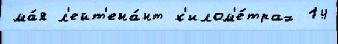
ма́я л'ейт'ена́нт к'илом'е́трах 14